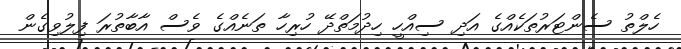
ހެލްތު ސެންޓަރުތަކެއްގެ އަދި ސިއްހީ ހިދުމަތްދޭ ހުރިހާ ތަނެއްގެ ވެސް އާބާތުރަ ފިލުވިގެން